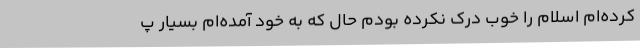
کرده‌ام اسلام را خوب درک نکرده بودم حال که به خود آمده‌ام بسیار پ